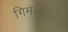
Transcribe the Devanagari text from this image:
गिमलेटचा